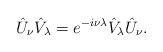
LaTeX: \begin{align*}\hat{U}_{\nu}\hat{V}_{\lambda}=e^{-i\nu\lambda}\hat{V}_{\lambda}\hat{U}_{\nu}.\end{align*}